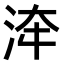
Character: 𣴰